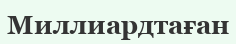
Миллиардтаған